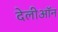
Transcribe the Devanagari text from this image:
देलीऑन